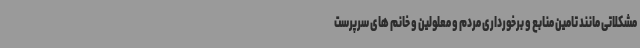
مشکلاتی مانند تامین منابع و برخورداری مردم و معلولین و خانم های سرپرست